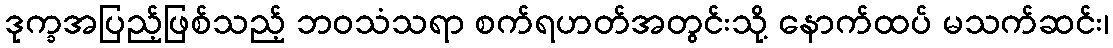
ဒုက္ခအပြည့်ဖြစ်သည့် ဘဝသံသရာ စက်ရဟတ်အတွင်းသို့ နောက်ထပ် မသက်ဆင်း၊